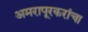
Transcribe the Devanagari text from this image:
अमरापूरकरांचा